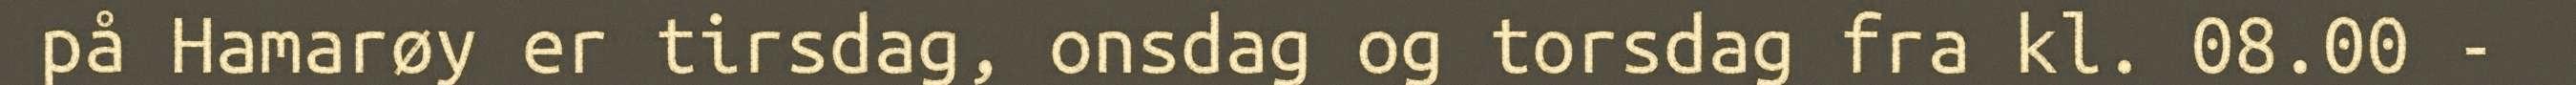
på Hamarøy er tirsdag, onsdag og torsdag fra kl. 08.00 -